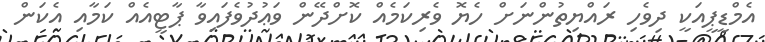
އެމްޑީޕީއަކީ ދިވެހި ރައްޔިތުންނަށް ހެޔޮ ވެރިކަމެއް ކޮށްދޭން ވަޢުދުވެފައިވާ ޕާޓީއެއް ކަމާއި އެކަން